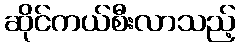
ဆိုင်ကယ်စီးလာသည့်